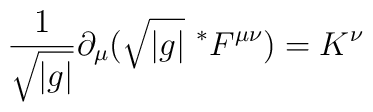
\frac{1}{\sqrt{|g|}} \partial_\mu ( \sqrt{|g|}\ ^*F^{\mu\nu} ) =K^\nu